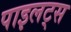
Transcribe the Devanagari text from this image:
पाइलट्स